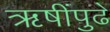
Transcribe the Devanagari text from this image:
ऋषींपुढे